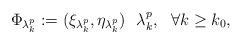
LaTeX: \begin{align*}\Phi_{\lambda^p_k}:=(\xi_{\lambda^p_k}, \eta_{\lambda^p_k}) \ \ \lambda^p_k , \ \ \forall k \geq k_0,\end{align*}